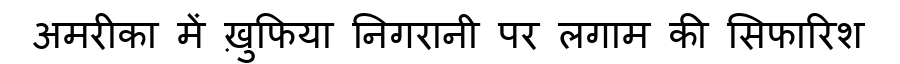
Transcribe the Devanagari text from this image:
अमरीका में ख़ुफिया निगरानी पर लगाम की सिफारिश